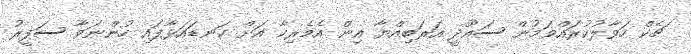
ޗެކް ހަވާލުކުރައްވަމުން ސައޫދީ އަރަބިއްޔާ އިން އެމެރިކާ އަށް ކަނޑައަޅާފައި ހުންނަވާ ސަފީރު